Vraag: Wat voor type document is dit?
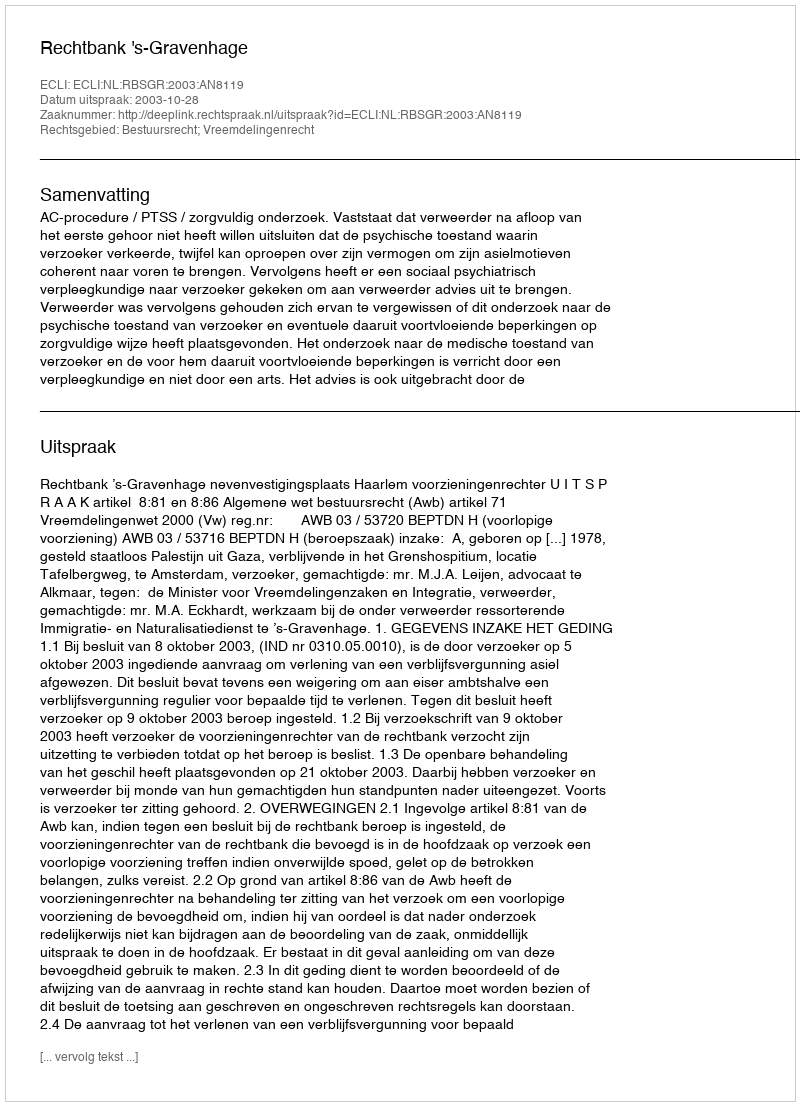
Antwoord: Uitspraak